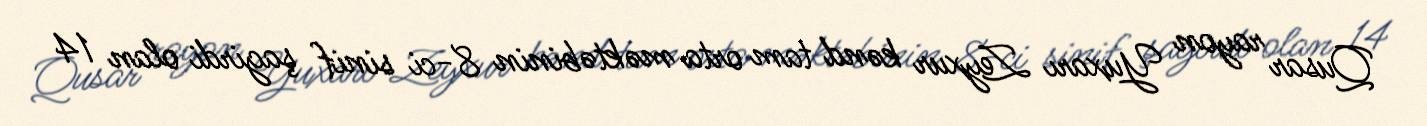
Qusar rayon Yuxarı Zeyxur kənd tam orta məktəbinin 8-ci sinif şagirdi olan 14